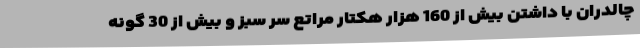
چالدران با داشتن بیش از 160 هزار هکتار مراتع سر سبز و بیش از 30 گونه